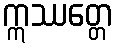
ဣဿတ္တေ